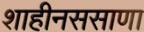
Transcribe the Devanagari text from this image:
शाहीनससाणा